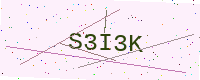
Text: S3I3K